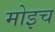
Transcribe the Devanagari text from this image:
मोइच